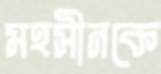
মহসীনকে